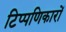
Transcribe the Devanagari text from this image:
टिप्पणिकारों